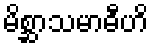
မိစ္ဆာသမာဓီဟိ